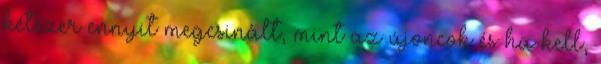
kétszer ennyit megcsinált, mint az újoncok és ha kell,